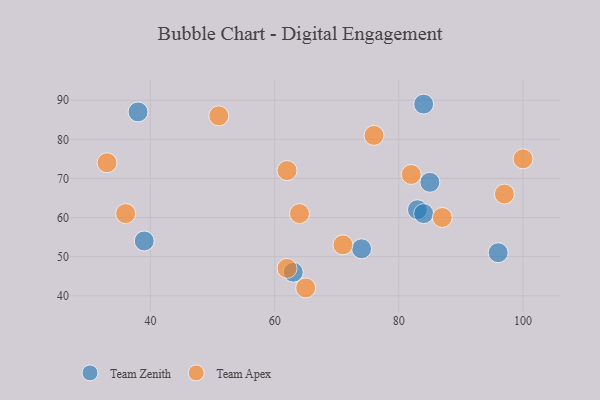
{"axis": {"x": "GDP", "y": "Life Expectancy"}, "legend": ["Team Apex", "Team Zenith"], "data": [{"x": "83", "y": 62, "type": "Team Zenith"}, {"x": "84", "y": 61, "type": "Team Zenith"}, {"x": "63", "y": 46, "type": "Team Zenith"}, {"x": "85", "y": 69, "type": "Team Zenith"}, {"x": "96", "y": 51, "type": "Team Zenith"}, {"x": "39", "y": 54, "type": "Team Zenith"}, {"x": "84", "y": 89, "type": "Team Zenith"}, {"x": "38", "y": 87, "type": "Team Zenith"}, {"x": "74", "y": 52, "type": "Team Zenith"}, {"x": "62", "y": 72, "type": "Team Apex"}, {"x": "97", "y": 66, "type": "Team Apex"}, {"x": "65", "y": 42, "type": "Team Apex"}, {"x": "51", "y": 86, "type": "Team Apex"}, {"x": "100", "y": 75, "type": "Team Apex"}, {"x": "76", "y": 81, "type": "Team Apex"}, {"x": "36", "y": 61, "type": "Team Apex"}, {"x": "87", "y": 60, "type": "Team Apex"}, {"x": "62", "y": 47, "type": "Team Apex"}, {"x": "33", "y": 74, "type": "Team Apex"}, {"x": "82", "y": 71, "type": "Team Apex"}, {"x": "64", "y": 61, "type": "Team Apex"}, {"x": "71", "y": 53, "type": "Team Apex"}]}